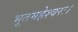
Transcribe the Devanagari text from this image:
भूतमहेश्वरः।